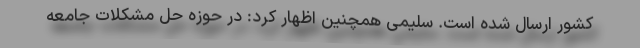
کشور ارسال شده است. سلیمی همچنین اظهار کرد: در حوزه حل مشکلات جامعه